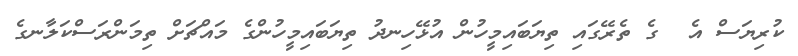
ކުރިޔަސް އެ  ގެ ތެރޭގައި ތިޔަބައިމީހުން އުޅޭހިނދު ތިޔަބައިމީހުންގެ މައްޗަށް ތިމަންރަސްކަލާނގެ